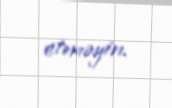
etməyin.